Problem: 4 × 6 = ?
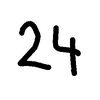
Handwritten answer: 24